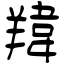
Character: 䍷